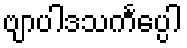
ဗျာပါဒသင်္ကပ္ပေါ